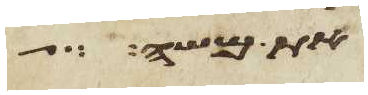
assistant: את משה